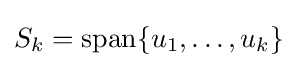
S_{k}=\operatorname {span} \{u_{1},\ldots ,u_{k}\}